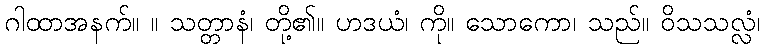
ဂါထာအနက်။ ။ သတ္တာနံ၊ တို့၏။ ဟဒယံ၊ ကို။ သောကော၊ သည်။ ဝိသသလ္လံ၊